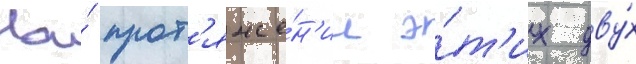
На́ прот'яже́н'ии э́т'их дву́х